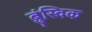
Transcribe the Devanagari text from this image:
ब्रुंस्विक